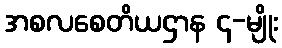
အစလစေတိယဌာန ၄-မျိုး